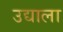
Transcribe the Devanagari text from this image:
उद्याला